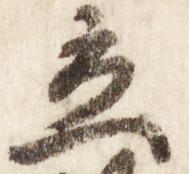
立